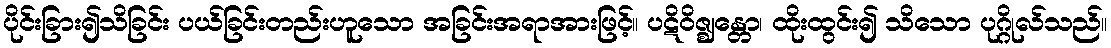
ပိုင်းခြား၍သိခြင်း ပယ်ခြင်းတည်းဟူသော အခြင်းအရာအားဖြင့်။ ပဋိဝိဇ္ဈန္တော၊ ထိုးထွင်း၍ သိသော ပုဂ္ဂိုလ်သည်။